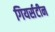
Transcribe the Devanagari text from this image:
गियर्सटीन